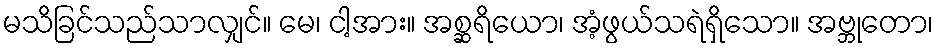
မသိခြင်သည်သာလျှင်။ မေ၊ ငါ့အား။ အစ္ဆရိယော၊ အံ့ဖွယ်သရဲရှိသော။ အဗ္ဘုတော၊